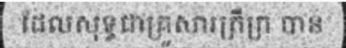
ដែលសុទ្ធជាគ្រួសារក្រីក្រ បាន